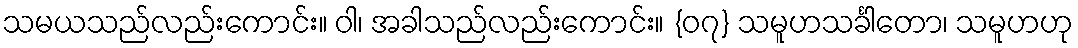
သမယသည်လည်းကောင်း။ ဝါ၊ အခါသည်လည်းကောင်း။ {၀၇} သမူဟသင်္ခါတော၊ သမူဟဟု